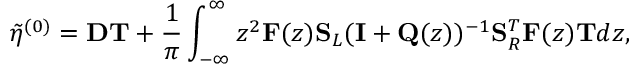
\tilde { \eta } ^ { ( 0 ) } = \mathbf { D } \mathbf { T } + \frac { 1 } { \pi } \int _ { - \infty } ^ { \infty } z ^ { 2 } \mathbf { F } ( z ) \mathbf { S } _ { L } ( \mathbf { I } + \mathbf { Q } ( z ) ) ^ { - 1 } \mathbf { S } _ { R } ^ { T } \mathbf { F } ( z ) \mathbf { T } d z ,